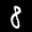
Label: 8